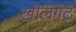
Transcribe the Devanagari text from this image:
खॊलगट